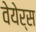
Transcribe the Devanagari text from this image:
वेयेर्स